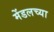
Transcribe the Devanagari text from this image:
मेंडलच्या